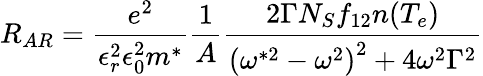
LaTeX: R_{AR}=\frac{e^{2}}{\epsilon_{r}^{2}\epsilon_{0}^{2}m^{*}}\frac{1}{A}\frac{2\Gamma N_{S}f_{12}n(T_{e})}{\left(\omega^{*2}-\omega^{2}\right)^{2}+4\omega^{2}\Gamma^{2}}